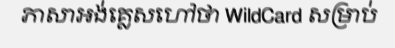
ភាសាអង់គ្លេសហៅថា WildCard សម្រាប់